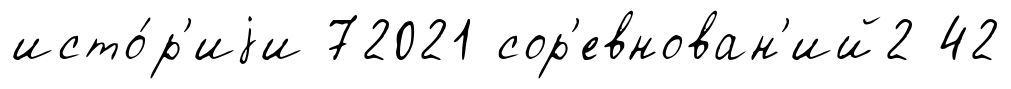
исто́р'иjи 72021 сор'евнован'ий2 42